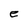
Character: e